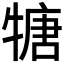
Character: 𤚫